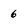
Character: 6